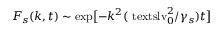
\ensuremath { F _ { \! s } } ( k , t ) \sim \smash { \exp \bigl [ - k ^ { 2 } ( \ensuremath { \mathrm { \ t e x t s l { v } } _ { 0 } } ^ { 2 } / \gamma _ { s } ) t \bigr ] }